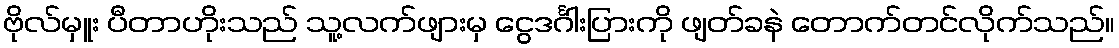
ဗိုလ်မှူး ပီတာဟိုးသည် သူ့လက်ဖျားမှ ငွေဒင်္ဂါးပြားကို ဖျတ်ခနဲ တောက်တင်လိုက်သည်။